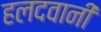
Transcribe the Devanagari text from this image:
हलदवानी